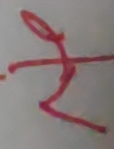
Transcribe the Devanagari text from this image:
रे